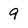
Character: 9